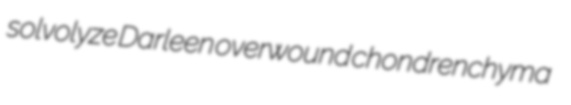
solvolyze Darleen overwound chondrenchyma